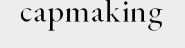
capmaking